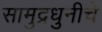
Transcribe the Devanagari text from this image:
सामुद्रधुनीचे